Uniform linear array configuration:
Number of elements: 24
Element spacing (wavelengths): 0.75
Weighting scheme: uniform
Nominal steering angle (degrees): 30
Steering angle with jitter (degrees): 30.096
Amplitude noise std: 0.05
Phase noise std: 0.05

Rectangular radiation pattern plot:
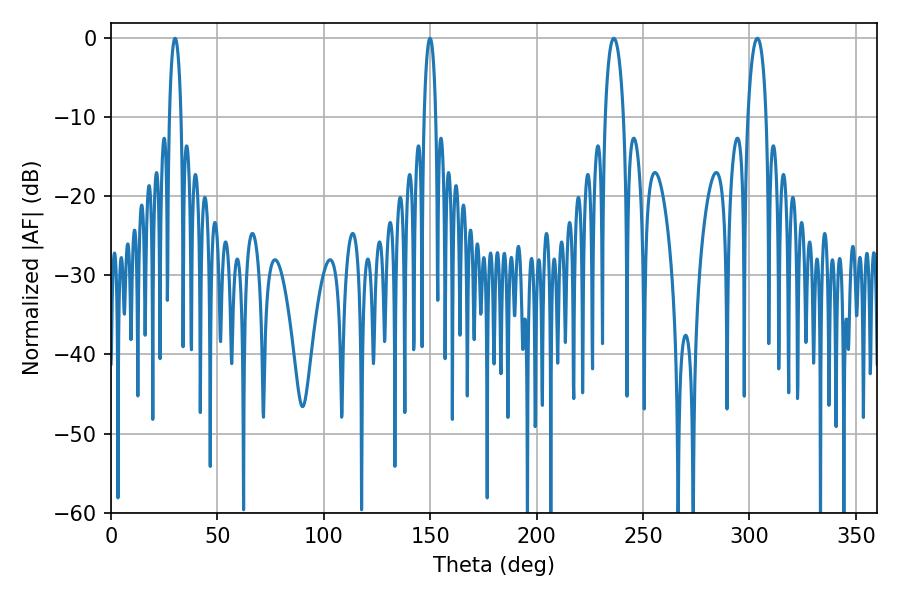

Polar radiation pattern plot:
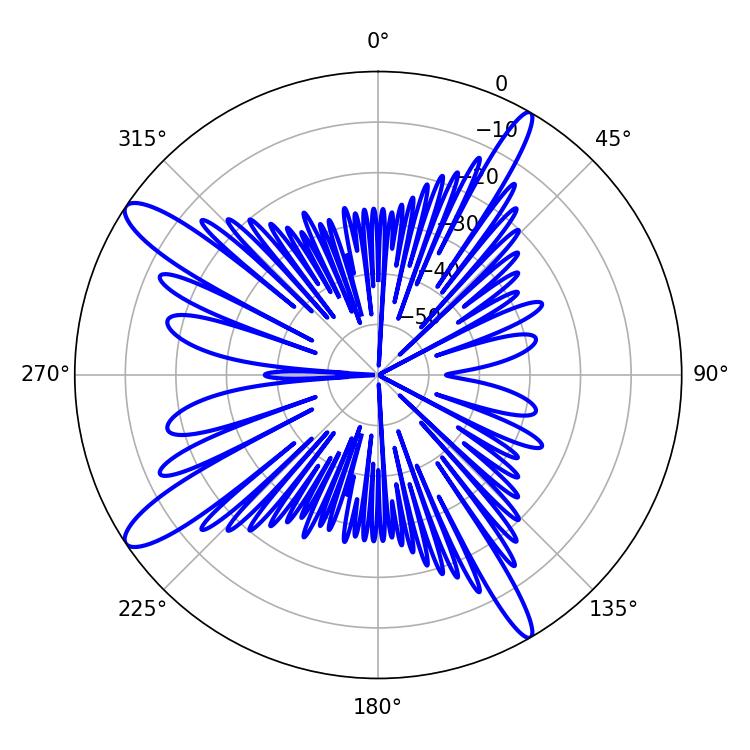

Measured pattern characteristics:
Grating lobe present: TRUE
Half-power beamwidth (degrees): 5.04
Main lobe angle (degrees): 303.66